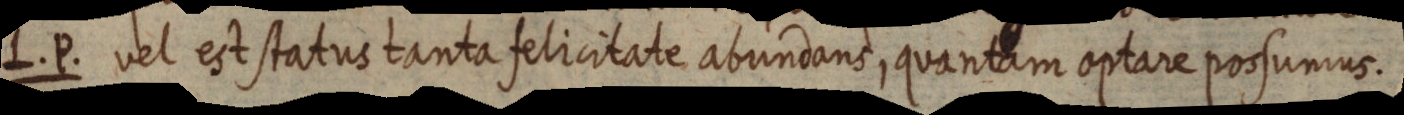
L. P. vel est status tanta felicitate abundans, quantam optare possumus.